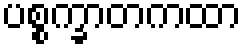
ပစ္စက္ခာတကထာ